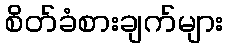
စိတ်ခံစားချက်များ